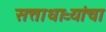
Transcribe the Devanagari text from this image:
सत्ताधाऱ्यांचा